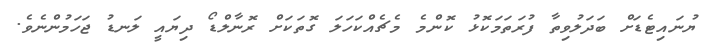
ޔުނައިޓެޑަށް ބަދަލުވިތާ ފުރަތަމަކޮޅު ކޮންމެ މެޗެއްކަހަލަ ގޮތަކަށް ރޮނާލްޑޯ ދިޔައީ ލަނޑު ޖަހަމުންނެވެ.